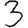
Digit: 3